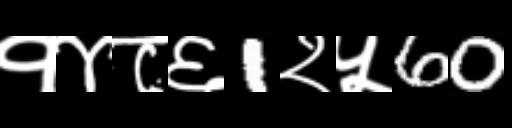
Text: १४८६1२५60